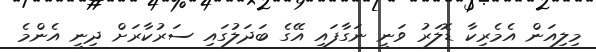
މިލިއަން އެމެރިކާ ޑޮލަރު ވަނީ ނަގާފައި އޭގެ ބަދަލުގައި ސަރުކާރަށް ދިނީ އެންމެ